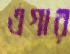
এগার